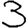
Digit: 3